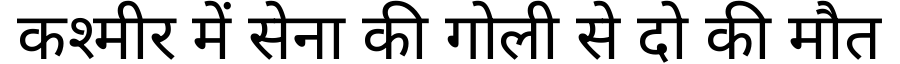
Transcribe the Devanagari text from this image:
कश्मीर में सेना की गोली से दो की मौत